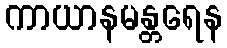
ကာယာနမန္တရေန